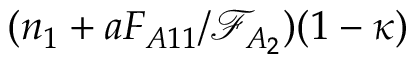
( n _ { 1 } + a F _ { A 1 1 } / \mathcal { F } _ { A _ { 2 } } ) ( 1 - \kappa )